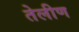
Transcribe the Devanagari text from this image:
तेलीण